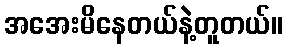
အအေးမိနေတယ်နဲ့တူတယ်။